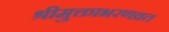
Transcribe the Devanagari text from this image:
श्रीमुक्ताभरणव्रत